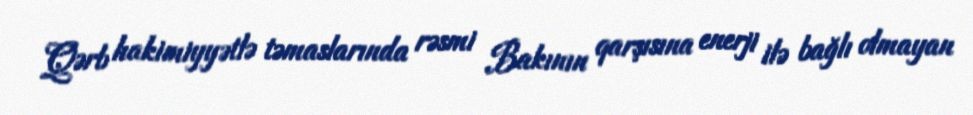
Qərb hakimiyyətlə təmaslarında rəsmi Bakının qarşısına enerji ilə bağlı olmayan